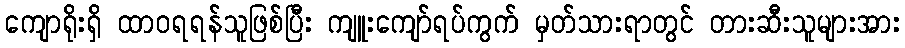
ကျောရိုးရှိ ထာဝရရန်သူဖြစ်ပြီး ကျူးကျော်ရပ်ကွက် မှတ်သားရာတွင် တားဆီးသူများအား